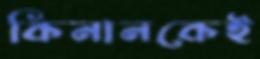
কিনানকেই